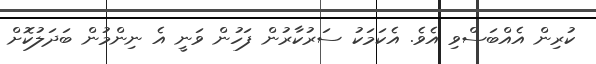
ކުރިން އެއްބަސްވި އެވެ. އެކަމަކު ސަރުކާރުން ފަހުން ވަނީ އެ ނިންމުން ބަދަލުކޮށް